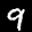
Label: 9